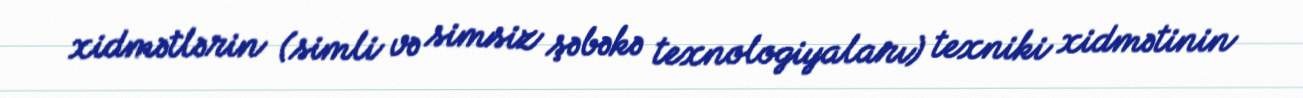
xidmətlərin (simli və simsiz şəbəkə texnologiyaları) texniki xidmətinin